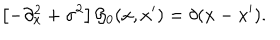
\left[ - \partial _ { x } ^ { 2 } + \sigma ^ { 2 } \right] { \cal G } _ { 0 } ( x , x ^ { \prime } ) = \delta ( x - x ^ { \prime } ) .